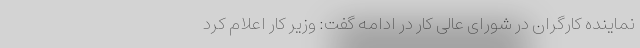
نماینده کارگران در شورای عالی کار در ادامه گفت: وزیر کار اعلام کرد